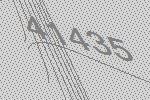
41435